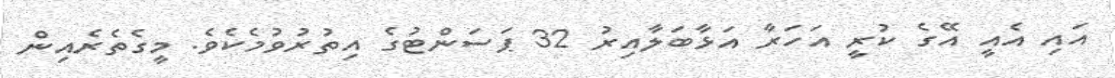
އައި އެއީ އޭގެ ކުރީ އަހަރާ އަޅާބަލާއިރު 32 ޕަސަންޓުގެ އިތުރުވުމެކެވެ. މީގެތެރެއިން